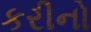
કરીનો